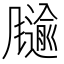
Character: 𲋋